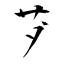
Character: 芕